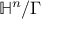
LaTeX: \mathbb { H } ^ { n } / \Gamma